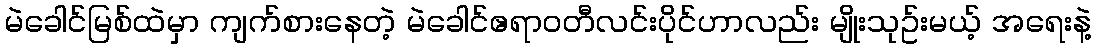
မဲခေါင်မြစ်ထဲမှာ ကျက်စားနေတဲ့ မဲခေါင်ဧရာဝတီလင်းပိုင်ဟာလည်း မျိုးသုဥ်းမယ့် အရေးနဲ့